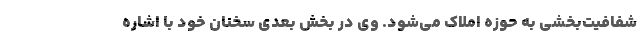
شفافیت‌بخشی به حوزه املاک می‌شود. وی در بخش بعدی سخنان خود با اشاره